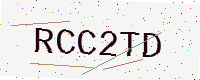
Text: RCC2TD